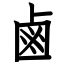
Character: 鹵